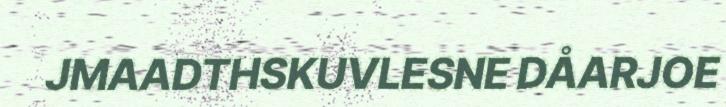
JMAADTHSKUVLESNE DÅARJOE